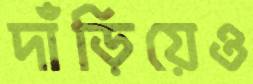
দাঁড়িয়েও